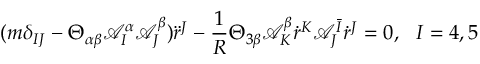
( m \delta _ { I J } - \Theta _ { \alpha \beta } \mathcal { A } _ { I } ^ { \alpha } \mathcal { A } _ { J } ^ { \beta } ) \ddot { r } ^ { J } - \frac { 1 } { R } \Theta _ { 3 \beta } \mathcal { A } _ { K } ^ { \beta } \dot { r } ^ { K } \mathcal { A } _ { J } ^ { \bar { I } } \dot { r } ^ { J } = 0 , \ \ I = 4 , 5